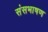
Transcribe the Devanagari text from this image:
संसभाषण